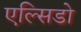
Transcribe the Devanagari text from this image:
एल्सिडो